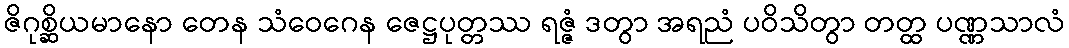
ဇိဂုစ္ဆိယမာနော တေန သံဝေဂေန ဇေဋ္ဌပုတ္တဿ ရဇ္ဇံ ဒတွာ အရညံ ပဝိသိတွာ တတ္ထ ပဏ္ဏသာလံ